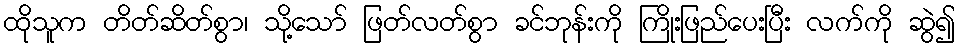
ထိုသူက တိတ်ဆိတ်စွာ၊ သို့သော် ဖြတ်လတ်စွာ ခင်ဘုန်းကို ကြိုးဖြည်ပေးပြီး လက်ကို ဆွဲ၍